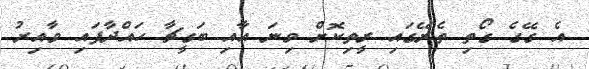
އެ ގޭގެ ގޯތި ތެރޭގައި ރީތިކޮށް ވިނަ އާއި ބަގީޗާ ހައްދާފައި ވާއިރު